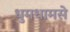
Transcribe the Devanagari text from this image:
धुमधामसे